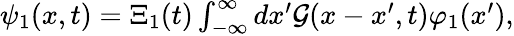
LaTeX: \begin{array}{r}{\psi_{1}(x,t)=\Xi_{1}(t)\int_{-\infty}^{\infty}dx^{\prime}{\cal{G}}(x-x^{\prime},t)\varphi_{1}(x^{\prime}),}\end{array}